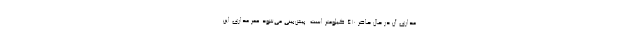
مداری آن در حال حاضر ۴۱۰ کیلومتر است. پیش‌بینی می‌شود عمر مداری این